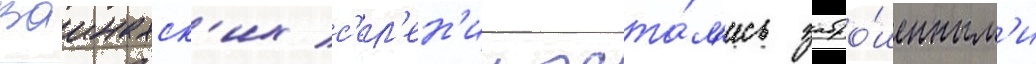
ваинахск'их с'ел'ен'ии оста́л'ись забро́шенным'и